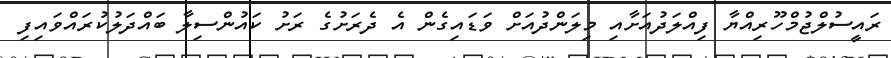
ރައީސުލްޖުމްހޫރިއްޔާ ފިއްލަދުއަށާއި މިލަންދުއަށް ވަޑައިގެން އެ ދެރަށުގެ ރަށު ކައުންސިލާ ބައްދަލުކުރައްވައިފި